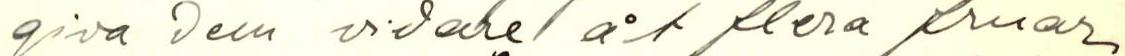
giva dem vidare åt flera fruar